Indian journal of veterinary science and animal husbandry - Volume 5,
Year: 1935
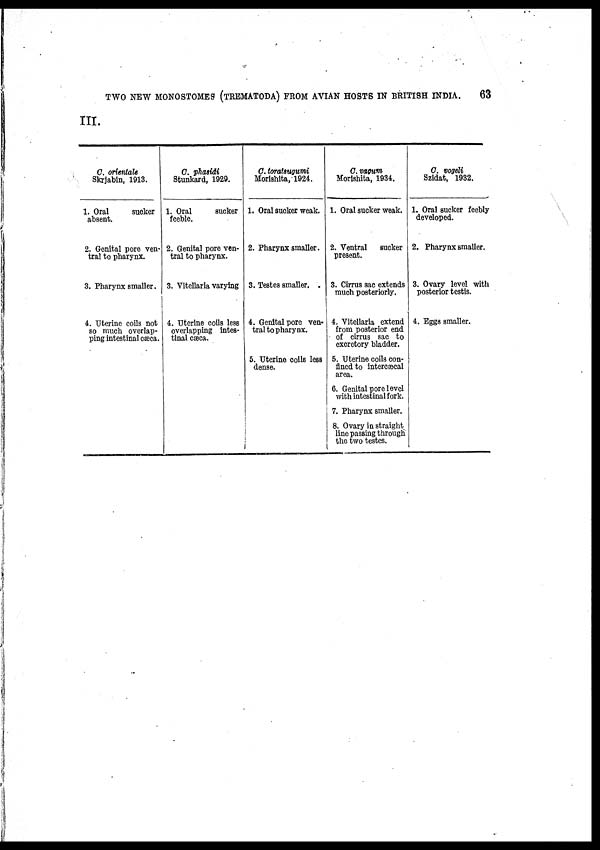
TWO NEW MONOSTOMES (TREMATODA) FROM AVIAN HOSTS IN BRITISH INDIA.
63
III.
C. orientale
Skrjabin, 1913.
1. Oral
sucker
absent.
2. Genital pore ven-
tral to pharynx.
3. Pharynx smaller.
4. Uterine coils not
so much overlap-
ping intestinal cæca.
C. phasidi
Stunkard, 1929.
1. Oral
sucker
feeble.
2. Genital pore ven-
tral to pharynx.
3. Vitellaria varying
4. Uterine coils less
overlapping intes-
tinal Cæca.
C. toratsugumi
Morishita, 1924.
1. Oral sucker weak.
2. Pharynx smaller.
3. Testes smaller. .
4. Genital pore ven-
tral to pharynx.
5. Uterine coils less
dense.
C. vagum
Morishita, 1934.
1. Oral sucker weak.
2. Ventral sucker
present.
3. Cirrus sac extends
much posteriorly.
4. Vitellaria extend
from posterior end
of cirrus sac to
excretory bladder.
5. Uterine coils con-
fined to intercæcal
area.
6. Genital pore level
with intestinal fork.
7. Pharynx smaller.
8. Ovary in straight
line passing through
the two testes.
C. vogeli
Szidat, 1932.
1. Oral sucker feebly
developed.
2. Pharynx smaller.
3. Ovary level with
posterior testis.
4. Eggs smaller.